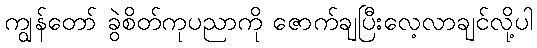
ကျွန်တော် ခွဲစိတ်ကုပညာကို ဇောက်ချပြီးလေ့လာချင်လို့ပါ